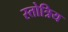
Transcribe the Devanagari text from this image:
स्तोत्रिय